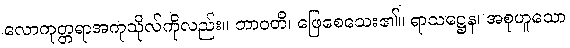
လောကုတ္တရာအကုသိုလ်ကိုလည်း။ ဘာဝတိ၊ ဖြေစေသေး၏။ ရာသဋ္ဌေန၊ အစုဟူသော